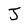
Character: J